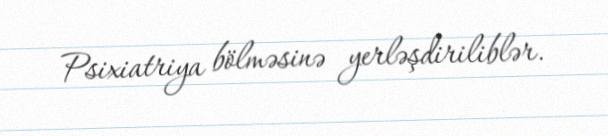
Psixiatriya bölməsinə yerləşdiriliblər.